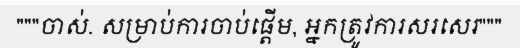
"""ចាស់. សម្រាប់ការចាប់ផ្តើម, អ្នកត្រូវការសរសេរ"""